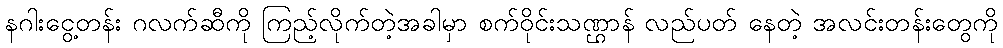
နဂါးငွေ့တန်း ဂလက်ဆီကို ကြည့်လိုက်တဲ့အခါမှာ စက်ဝိုင်းသဏ္ဌာန် လည်ပတ် နေတဲ့ အလင်းတန်းတွေကို